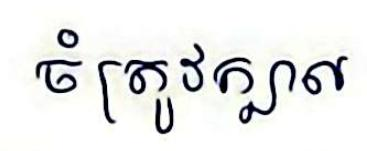
ចំត្រូវក្បាល